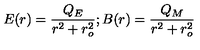
E ( r ) = \frac { Q _ { E } } { r ^ { 2 } + r _ { o } ^ { 2 } } ; B ( r ) = \frac { Q _ { M } } { r ^ { 2 } + r _ { o } ^ { 2 } }